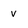
Character: V